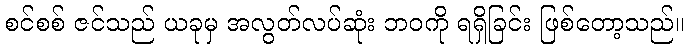
စင်စစ် ဇင်သည် ယခုမှ အလွတ်လပ်ဆုံး ဘဝကို ရရှိခြင်း ဖြစ်တော့သည်။